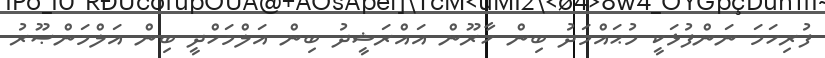
ފުރިހަމަ ނަންފުޅަކީ މުޙައްމަދު ބިން ހާރޫން އައްރަޝީދު ބިން އަލްމަހްދީ ބިން އަލްމަންޞޫރު